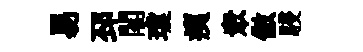
易邳閣瓊痍衆傲駸